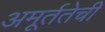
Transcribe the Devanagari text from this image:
अमूर्ततेची